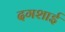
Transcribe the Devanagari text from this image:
दगशाई